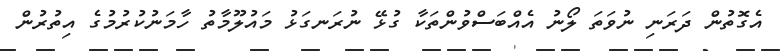
އެގޮތުން ދަރަނި ނުވަތަ ލޯނު އެއްބަސްވުންތަކާ ގުޅޭ ނުރަނގަޅު މައުލޫމާތު ހާމަނުކުރުމުގެ އިތުރުން